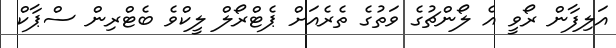
އަލިފާން ރޯވީ އެ ލޯންޗުގެ ވަތުގެ ތެރެއަށް ޕެޓްރޯލް ލީކްވެ ބެޓްރިން ސްޕާކް